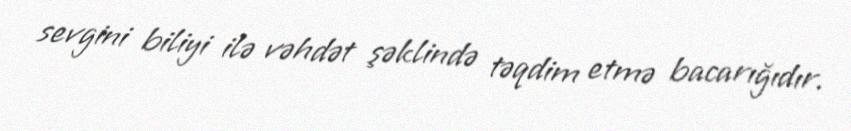
sevgini biliyi ilə vəhdət şəklində təqdim etmə bacarığıdır.